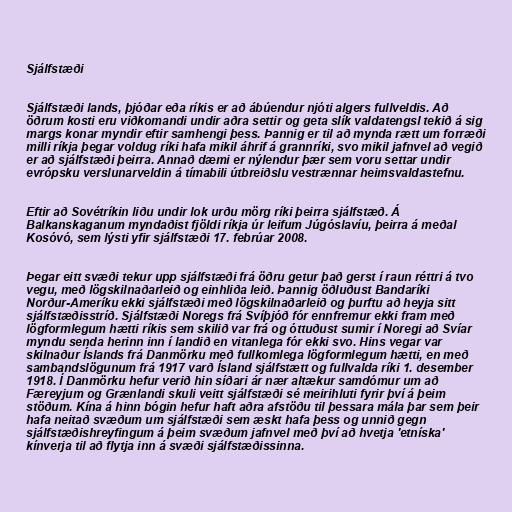
Sjálfstæði

Sjálfstæði lands, þjóðar eða ríkis er að ábúendur njóti algers fullveldis. Að
öðrum kosti eru viðkomandi undir aðra settir og geta slík valdatengsl tekið á sig
margs konar myndir eftir samhengi þess. Þannig er til að mynda rætt um forræði
milli ríkja þegar voldug ríki hafa mikil áhrif á grannríki, svo mikil jafnvel að vegið
er að sjálfstæði þeirra. Annað dæmi er nýlendur þær sem voru settar undir
evrópsku verslunarveldin á tímabili útbreiðslu vestrænnar heimsvaldastefnu.

Eftir að Sovétríkin liðu undir lok urðu mörg ríki þeirra sjálfstæð. Á
Balkanskaganum myndaðist fjöldi ríkja úr leifum Júgóslavíu, þeirra á meðal
Kosóvó, sem lýsti yfir sjálfstæði 17. febrúar 2008.

Þegar eitt svæði tekur upp sjálfstæði frá öðru getur það gerst í raun réttri á tvo
vegu, með lögskilnaðarleið og einhliða leið. Þannig öðluðust Bandaríki
Norður-Ameríku ekki sjálfstæði með lögskilnaðarleið og þurftu að heyja sitt
sjálfstæðisstríð. Sjálfstæði Noregs frá Svíþjóð fór ennfremur ekki fram með
lögformlegum hætti ríkis sem skilið var frá og óttuðust sumir í Noregi að Svíar
myndu senda herinn inn í landið en vitanlega fór ekki svo. Hins vegar var
skilnaður Íslands frá Danmörku með fullkomlega lögformlegum hætti, en með
sambandslögunum frá 1917 varð Ísland sjálfstætt og fullvalda ríki 1. desember
1918. Í Danmörku hefur verið hin síðari ár nær altækur samdómur um að
Færeyjum og Grænlandi skuli veitt sjálfstæði sé meirihluti fyrir því á þeim
stöðum. Kína á hinn bógin hefur haft aðra afstöðu til þessara mála þar sem þeir
hafa neitað svæðum um sjálfstæði sem æskt hafa þess og unnið gegn
sjálfstæðishreyfingum á þeim svæðum jafnvel með því að hvetja 'etníska'
kínverja til að flytja inn á svæði sjálfstæðissinna.